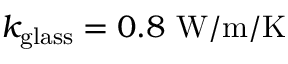
k _ { \mathrm { g l a s s } } = 0 . 8 \ \mathrm { W / m / K }